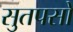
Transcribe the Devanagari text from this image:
सुतपसो